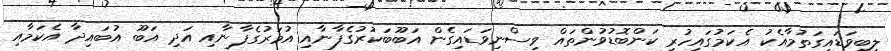
ލިބިވަޑައިގަތުމާއެކު އެކަމުގައިހުރި ކަންބޮޑުވުންތައް ވިސްނިވަޑައިގެން އަބޫބަކުރުގެފާނާއި އުމަރުގެފާނާއި އަދި އަބޫ އުބައިދާ އެކަމާއި